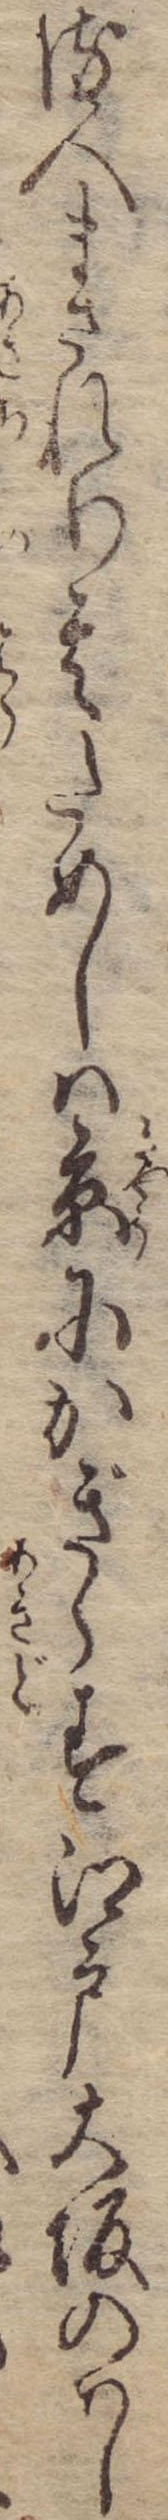
る人まされり其ためしは京にかぎらす江戸大坂のはし